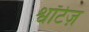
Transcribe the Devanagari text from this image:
श्वॉर्टज़